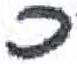
אות: כ